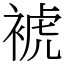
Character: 裭